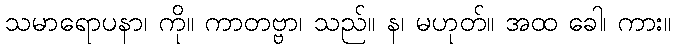
သမာရောပနာ၊ ကို။ ကာတဗ္ဗာ၊ သည်။ န၊ မဟုတ်။ အထ ခေါ၊ ကား။